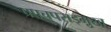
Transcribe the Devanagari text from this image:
प्रपचपराड्म़ुख